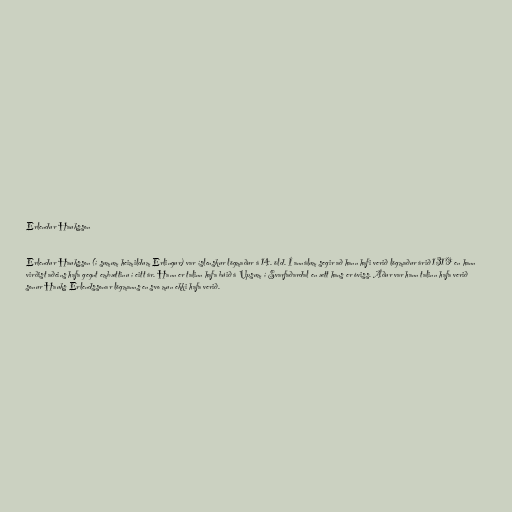
Erlendur Hauksson

Erlendur Hauksson (í sumum heimildum Erlingur) var íslenskur lögmaður á 14. öld. Í annálum segir að hann hafi verið lögmaður árið 1319 en hann
virðist aðeins hafa gegnt embættinu í eitt ár. Hann er talinn hafa búið á Upsum í Svarfaðardal en ætt hans er óviss. Áður var hann talinn hafa verið
sonur Hauks Erlendssonar lögmanns en svo mun ekki hafa verið.